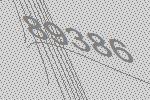
89386